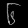
Digit: ၆